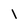
Character: l